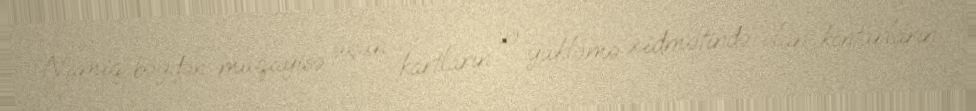
Namiq bəydən müqayisə üçün kartların və yükləmə xidmətində olan konturların